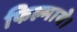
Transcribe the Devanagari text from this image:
फिल्माये।